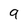
Character: 9